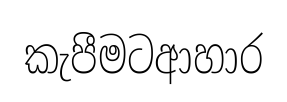
කැපීමටආහාර